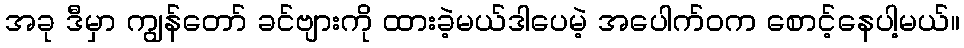
အခု ဒီမှာ ကျွန်တော် ခင်ဗျားကို ထားခဲ့မယ်ဒါပေမဲ့ အပေါက်ဝက စောင့်နေပါ့မယ်။